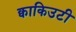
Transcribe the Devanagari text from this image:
क्वाकिउटी